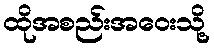
ထိုအစည်းအဝေးသို့